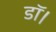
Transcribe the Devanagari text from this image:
डॉ।